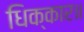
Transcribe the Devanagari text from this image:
धिक्कार॥